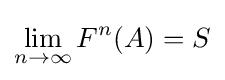
\lim _{n\to \infty }F^{n}(A)=S